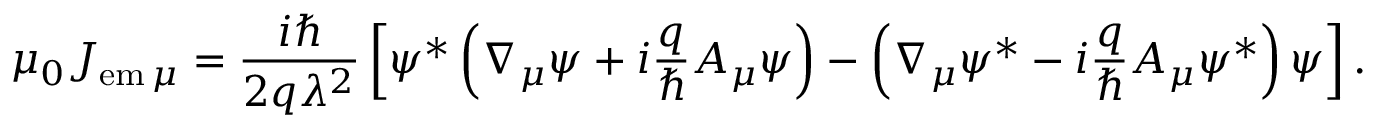
\mu _ { 0 } J _ { \mathrm { e m } \, \mu } = \frac { i \hbar } { 2 q \lambda ^ { 2 } } \left[ \psi ^ { * } \left( \nabla _ { \mu } \psi + i \frac { q } { \hbar } A _ { \mu } \psi \right) - \left( \nabla _ { \mu } \psi ^ { * } - i \frac { q } { \hbar } A _ { \mu } \psi ^ { * } \right) \psi \right] .